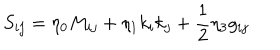
LaTeX: S _ { i j } = \eta _ { 0 } M _ { i j } + \eta _ { 1 } k _ { i } k _ { j } + { \frac { 1 } { 2 } } \eta _ { 3 } g _ { i j }